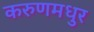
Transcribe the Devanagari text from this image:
करुणमधुर